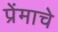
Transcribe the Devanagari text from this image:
प्रेंमाचे